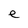
Character: e